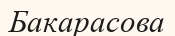
Бакарасова